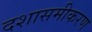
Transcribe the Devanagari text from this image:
दशासमीकरण